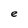
Character: e